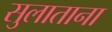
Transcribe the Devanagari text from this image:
सुलाताना